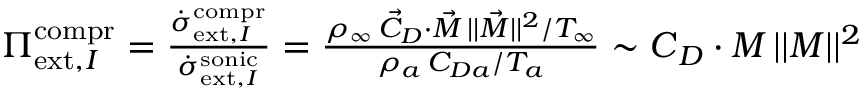
\begin{array} { r } { { \Pi } _ { \mathrm { e x t } , I } ^ { \mathrm { c o m p r } } = \frac { \dot { { \sigma } } _ { \mathrm { e x t } , I } ^ { \mathrm { c o m p r } } } { \dot { \sigma } _ { \mathrm { e x t } , I } ^ { \mathrm { s o n i c } } } = \frac { \rho _ { \infty } \, \vec { C } _ { D } \cdot \vec { M } \, | | \vec { M } | | ^ { 2 } / T _ { \infty } } { \rho _ { a } \, { C } _ { D a } / T _ { a } } \sim \boldsymbol { C } _ { D } \cdot \boldsymbol { M } \, | | \boldsymbol { M } | | ^ { 2 } } \end{array}